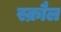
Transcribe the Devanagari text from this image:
स्क्रौल